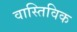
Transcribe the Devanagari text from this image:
वास्तिविक